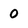
Character: 0